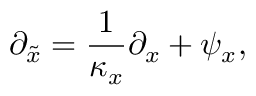
\partial _ { \tilde { x } } = \frac { 1 } { \kappa _ { x } } \partial _ { x } + \psi _ { x } ,